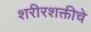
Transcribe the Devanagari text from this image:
शरीरशक्तीचे